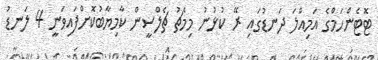
ޓޮޓެންހަމްގެ އަމިއްލަ ދަނޑުގައި ރޭ ކުޅުނު މިމެޗު ޗެލްސީން ކާމިޔާބުކޮށްފައިވަނީ 4 ލަނޑު